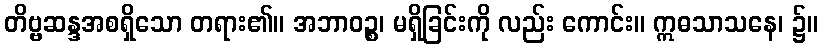
တိဗ္ဗဆန္ဒအစရှိသော တရား၏။ အဘာဝဉ္စ၊ မရှိခြင်းကို လည်း ကောင်း။ ဣဓသာသနေ၊ ၌။